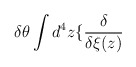
\begin{align*}\delta \theta \int d^{4}z\{\frac{\delta }{\delta \xi (z)}\end{align*}